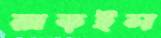
রাড়ইল